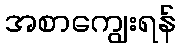
အစာကျွေးရန်